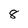
Character: 8